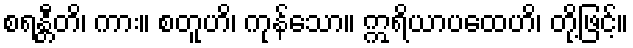
စရန္တီတိ၊ ကား။ စတူဟိ၊ ကုန်သော။ ဣရိယာပထေဟိ၊ တို့ဖြင့်။